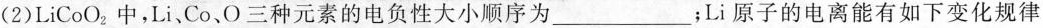
(2)LiCoO_{2}中，Li、Co、O三种元素的电负性大小顺序为___；Li原子的电离能有如下变化规律